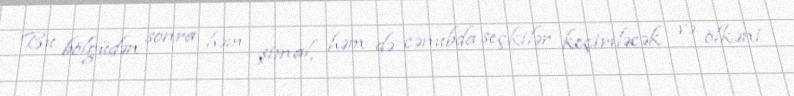
Bu bölgüdən sonra həm şimal, həm də cənubda seçkilər keçiriləcək və ölkəni